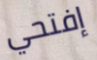
إفتحي